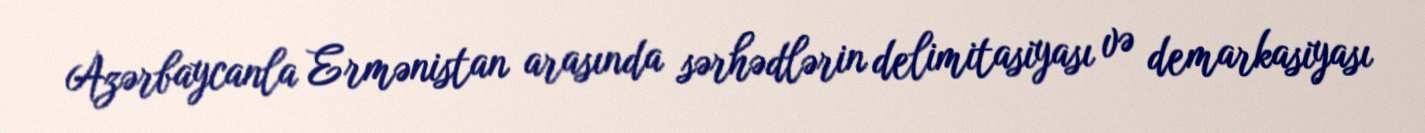
Azərbaycanla Ermənistan arasında sərhədlərin delimitasiyası və demarkasiyası